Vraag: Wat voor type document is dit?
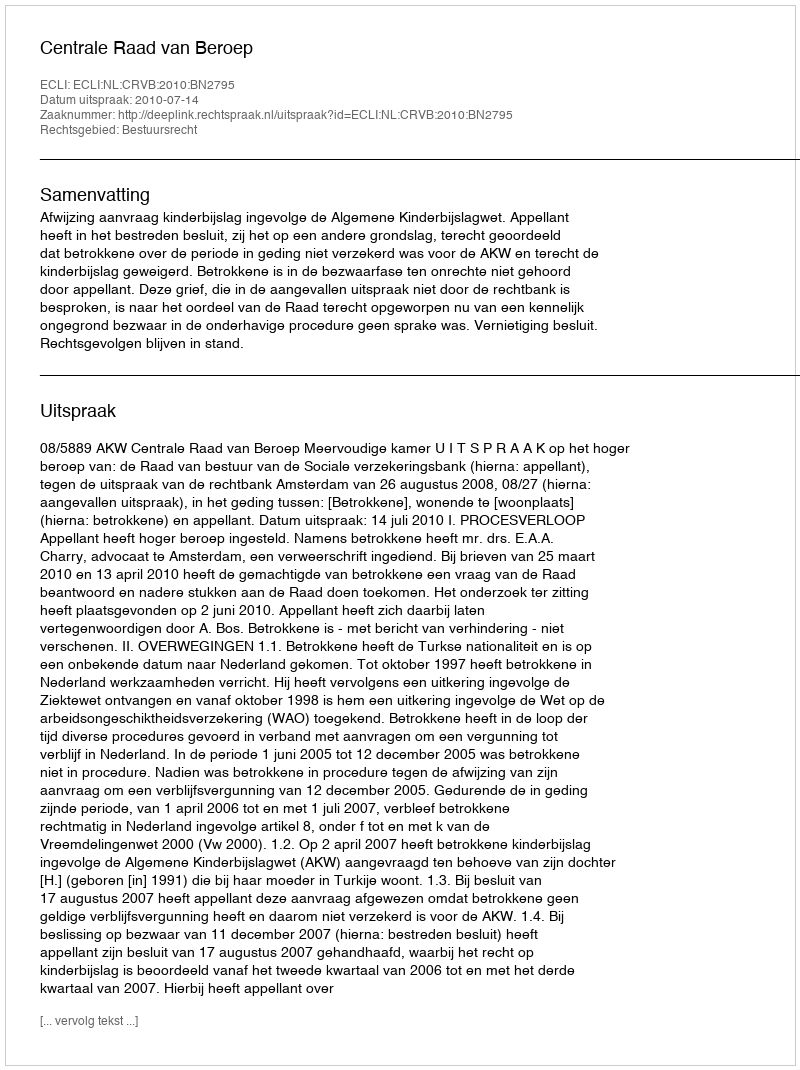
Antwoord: Uitspraak